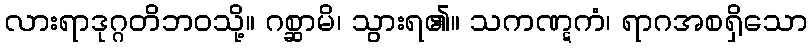
လားရာဒုဂ္ဂတိဘဝသို့။ ဂစ္ဆာမိ၊ သွားရ၏။ သကဏ္ဋကံ၊ ရာဂအစရှိသော